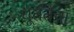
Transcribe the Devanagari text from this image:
धूर्ततेचा